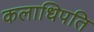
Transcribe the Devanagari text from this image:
कलाधिपति